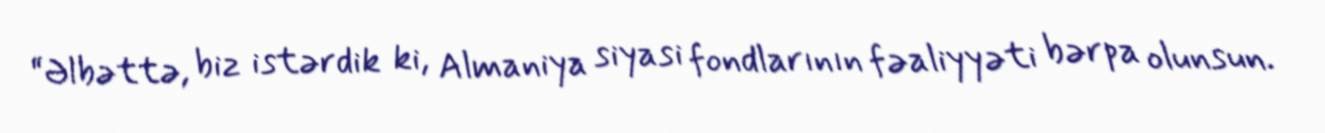
“Əlbəttə, biz istərdik ki, Almaniya siyasi fondlarının fəaliyyəti bərpa olunsun.